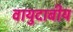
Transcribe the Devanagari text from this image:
वायुदाबीय